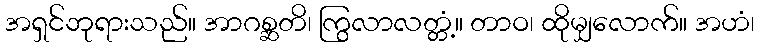
အရှင်ဘုရားသည်။ အာဂစ္ဆတိ၊ ကြွလာလတ္တံ့။ တာဝ၊ ထိုမျှလောက်။ အဟံ၊